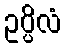
ဥပ္ပိလံ